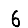
Digit: 6